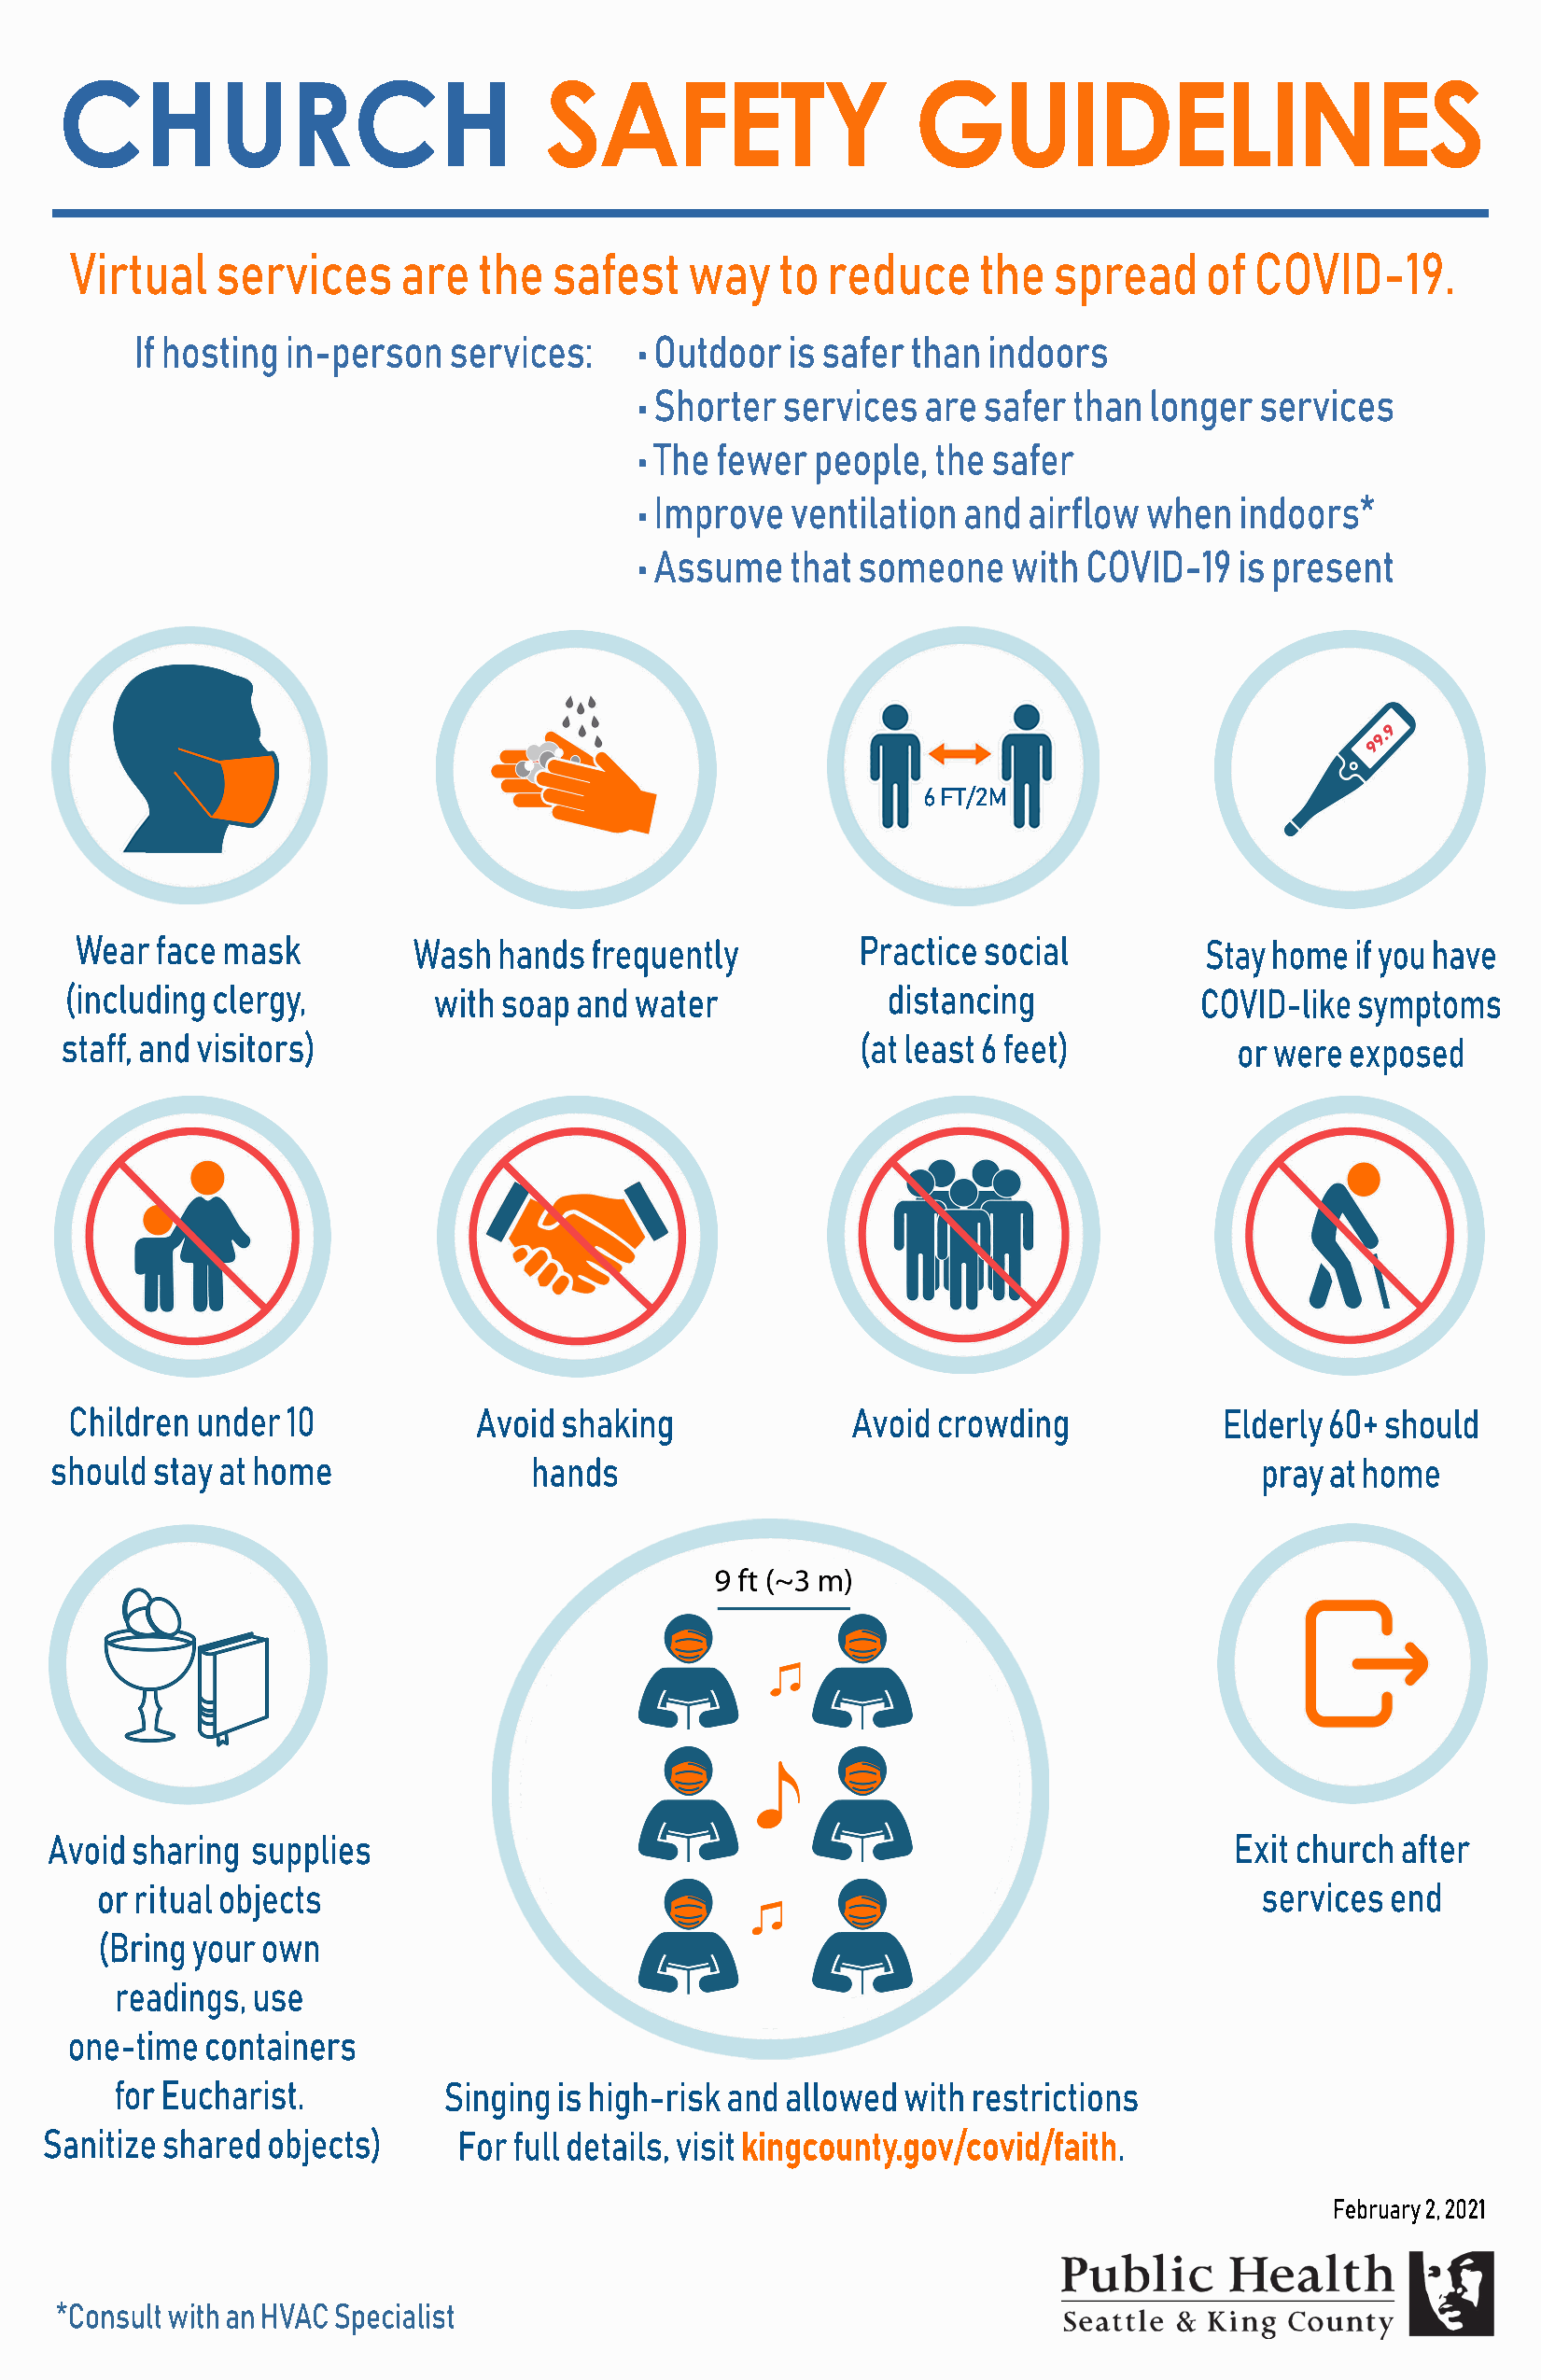
CHURCH                             SAFETY                    GUIDELINES
 Virtual   services     are   the  safest    way   to  reduce    the   spread    of  COVID-19.
 If hosting in-person   services:    • Outdoor  is safer than indoors
 • Shorter services   are safer than longer  services
 • The fewer  people, the safer
 • Improve  ventilation and  airflow when   indoors*
 • Assume   that someone    with COVID-19   is present
 6 FT/2M
 Wear  face mask         Wash  hands  frequently         Practice social         Stay home  if you have
 (including clergy,        with soap and water             distancing            COVID-like symptoms
 staff, and visitors)                                     (at least 6 feet)          or were exposed
 Children under 10            Avoid shaking             Avoid crowding             Elderly 60+ should
 should stay at home               hands                                              pray at home
 Avoid sharing  supplies                                                             Exit church after
 or ritual objects                                                                 services  end
 (Bring your own
 readings, use
 one-time containers
 for Eucharist.         Singing is high-risk and allowed with restrictions
 SSaanniittiizzee sshhaared objects) For full details, visit kingcounty.gov/covid/faith.
 February 2, 2021
 *Consult with an HVAC Specialist